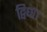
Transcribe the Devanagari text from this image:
द्विधा।